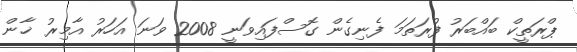
ޕްރަތީކް ބައްބަރު ފުރަތަމަ ފެނިގެން ގޮސްފައިވަނީ 2008 ވަނަ އަހަރު އާމިރު ޚާން